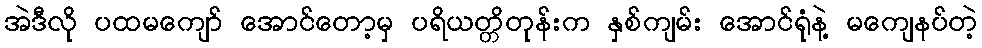
အဲဒီလို ပထမကျော် အောင်တော့မှ ပရိယတ္တိတုန်းက နှစ်ကျမ်း အောင်ရုံနဲ့ မကျေနပ်တဲ့